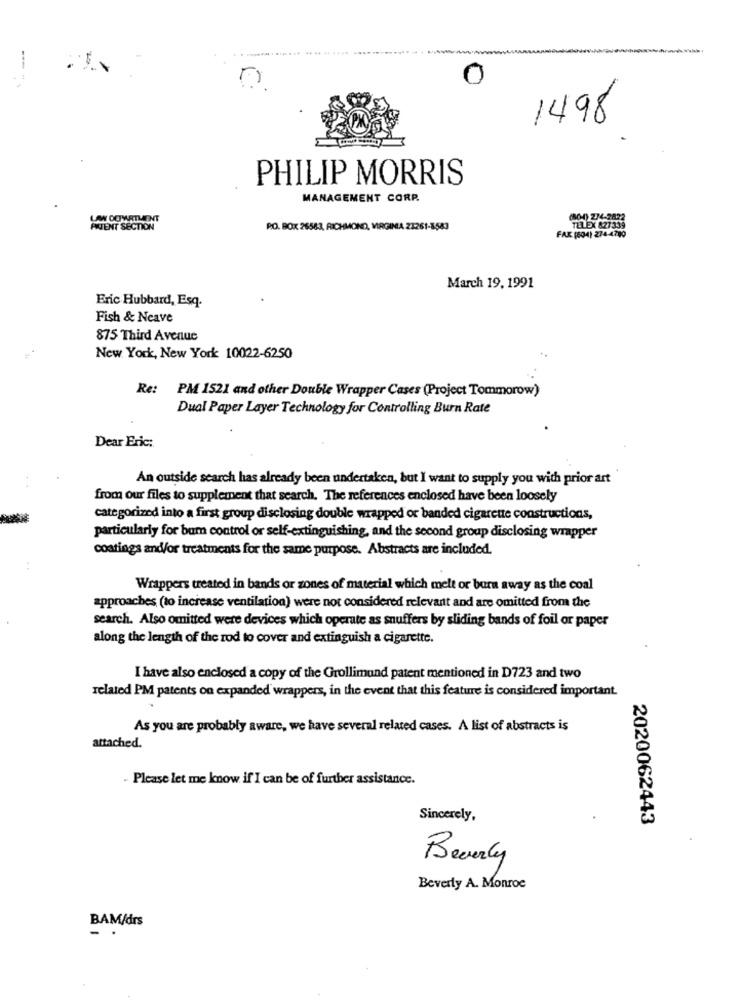
-
....
1498
PHILIP MORRIS
MANAGEMENT CORP.
(804) 274-2822
PATENT SECTION
R.O. BOX 26583, RICHMOND, VIRGINIA 21261-1583
TULEX 827339
FAK (504) 274-4780
March 19, 1991
Eric Hubbard, Esq.
Fish & Neave
875 Third Avenue
New York, New York 10022-6250
Re: PM 1521 and other Double Wrapper Cases (Project Tommorow)
Dual Paper Layer Technology for Controlling Burn Rate
Dear Eric:
An outside search has already been undertaken, but I want to supply you with prior art
from our files to supplement that search. The references enclosed have been loosely
categorized into a first group disclosing double wrapped or banded cigarette constructions,
particularly for bum control or self-extinguishing, and the second group disclosing wrapper
coatings and/or treatments for the same purpose. Abstracts are included.
Wrappers treated in bands or zones of material which melt or bara away as the coal
approaches (to increase ventilation) were not considered relevant and are omitted from the
search. Also omitted were devices which operate as snuffers by sliding bands of foil or paper
along the length of the rod to cover and extinguish a cigarette.
I have also enclosed a copy of the Grollimund patent mentioned in D723 and two
related PM patents on expanded wrappers, in the event that this feature is considered important.
As you are probably aware, we have several related cases. A list of abstracts is
attached.
- Please let me know if I can be of further assistance.
Sincerely,
2020062443
Beverly
Beverly A. Monroe
BAM/drs
- .